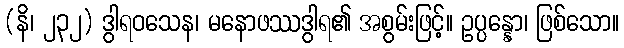
(နိ၊ ၂၃၂) ဒွါရဝသေန၊ မနောဖဿဒွါရ၏ အစွမ်းဖြင့်။ ဥပ္ပန္နော၊ ဖြစ်သော။